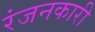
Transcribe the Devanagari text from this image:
रंजनकारी